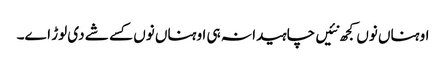
اوہناں نوں کجھ نئیں چاہیدا نہ ہی اوہناں نوں کسے شے دی لوڑ اے۔